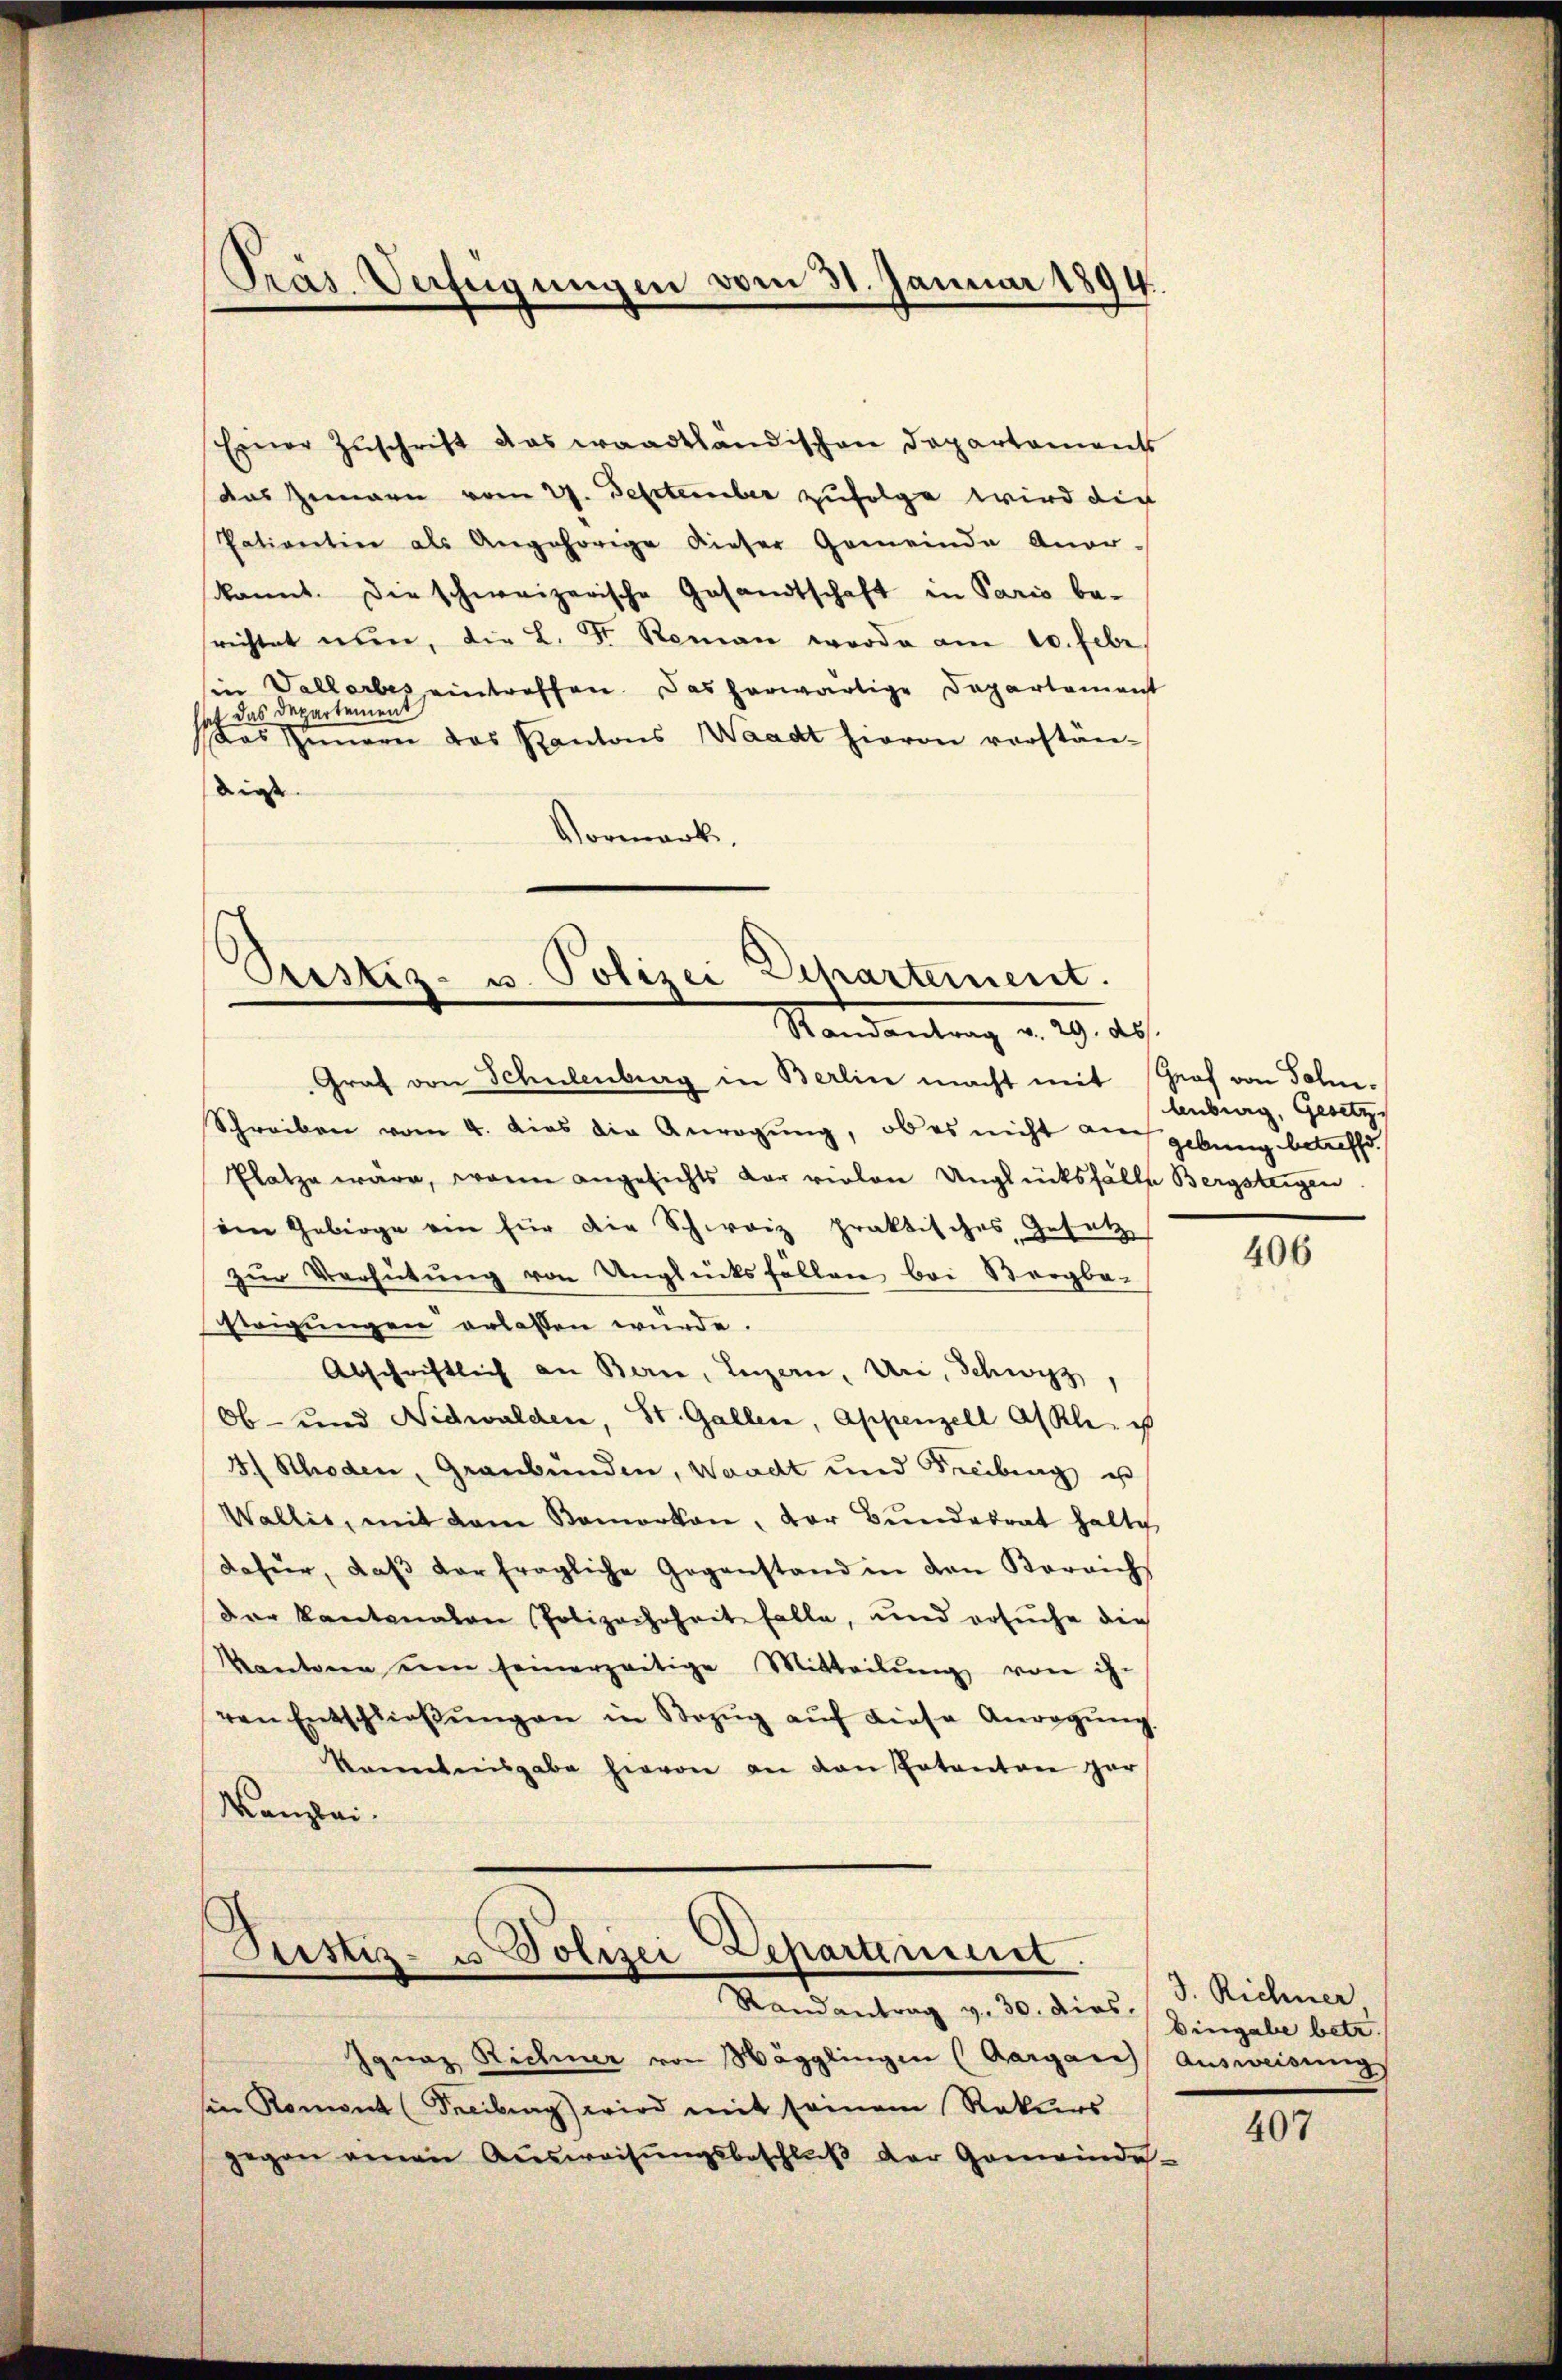
Einer Zuschrift das waadtländischen Departaments
das Gemarn vom 27. September zufolge wird die
Patientin als Angehörige dieser Gemeinde Anor-
kannt. Die schweizerische Gesandtschaft in Paris be-
srichtet nun, die L. Str. Roman worde am 10. Febr.
in Vallerbes eintreffen. Das herwärtige Departement
t das Departement
Das Simmern das Kantons Waadt hieron verständiese
Vormerk

Prás Verfügungen vom 31. Januar 1894.

Prestiz- u. Polizei Departement.
Randantrag v. 29. ds.

Graf von Schulenburg in Berlin macht mit Graf von Sohn-
Schreiben vom 4. dies die Anregŭng, ob es nicht auch gebung betreffe
Platze wäre, worin angesichts dar vielen Unglücksfälle Bergsteigen
im Gebirge ein für die Schweiz praktisches Gesetz
zur Verhütung von Unglücksfällen bei Borgbe-
Ewigungen erlassen würde.
Abschriftlich an Bern, Luzern, Uri, Schwyz,
Ob- und Nidwalden, St. Gallen, Appenzell A/Rh. i
3.) Schoden, Graubünden, Waadt und Freibung u
Wallis, mit dem Bemerken, der Bŭndesrat halte
dafür, daβ der fragliche Gegenstand in den Korrich
der Kantonalen Polizachheit falle, und ersŭche die
Kantonen um seinerzeitige Mitteilŭng von ihr
ven Entschlieβŭngen in Bezŭg aŭf diese Anregŭng
Krenntnisgabe hievon an den Patanton gar
Kanzlei.

Justiz- u Polizei Departement.

Randantrag v. 30. dies Eingabe betr.
Ignaz Richer von Wägglingen (Aargare Ausweisung
sin Romont (Freibung) wird mit seinem Rekurs
gegen einen Ausweisungsbeschluß der Gemeindes-

lenburg, Gesetz

406

J. Richner

407